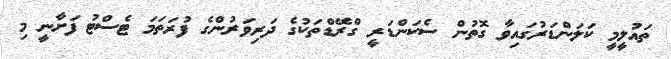
ތައުލީމީ ކަލަންޑަރުގައިވާ ގޮތުން ސެކަންޑަރީ ގްރޭޑްތަކުގެ ދަރިވަރުންގެ ފުރަތަމަ ޓެސްޓު ފަށާނީ މި